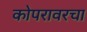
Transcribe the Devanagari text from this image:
कोपरावरचा